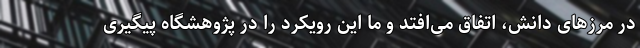
در مرزهای دانش، اتفاق می‌افتد و ما این رویکرد را در پژوهشگاه پیگیری